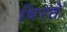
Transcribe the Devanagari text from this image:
बिरते